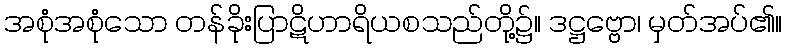
အစုံအစုံသော တန်ခိုးပြာဋိဟာရိယစသည်တို့၌။ ဒဋ္ဌဗ္ဗော၊ မှတ်အပ်၏။